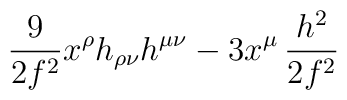
{9\over 2 f^2}  x^\rho h_{\rho\nu} h^{\mu\nu} - 3 x^{\mu}\,   {h^2 \over 2 f^2}